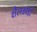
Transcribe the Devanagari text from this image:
शैलखंडों